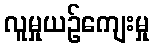
လူမှုယဉ်ကျေးမှု